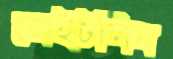
জেইটলিন